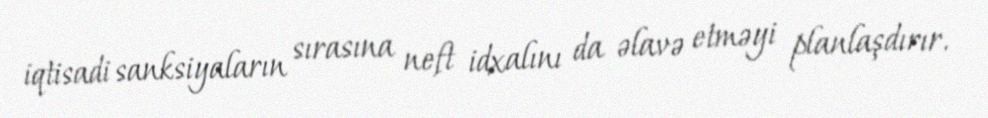
iqtisadi sanksiyaların sırasına neft idxalını da əlavə etməyi planlaşdırır.